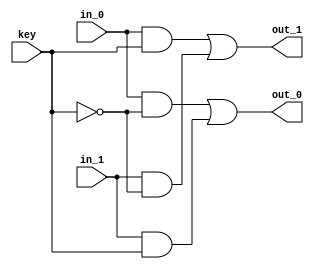
module switch(in_0,in_1,out_0,out_1,key);
  input in_0,in_1;
  input key;
  output out_0,out_1;
  wire in_0,in_1;
  wire key;
  wire out_0,out_1;
  wire k_b,n_0,n_1,n_2,n_3;
  not NOT (k_b, key);
  or OR_0 (out_0, n_0, n_1);
  and AND0_0 (n_0, in_0, k_b);
  and AND1_0 (n_1, in_1, key);
  or OR_1 (out_1, n_2, n_3);
  and AND0_1 (n_2, in_0, key);
  and AND1_1 (n_3, in_1, k_b);
endmodule